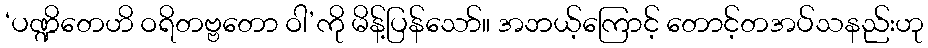
‘ပဏ္ဍိတေဟိ ဝရိတဗ္ဗတော ဝါ’ကို မိန့်ပြန်သော်။ အဘယ့်ကြောင့် တောင့်တအပ်သနည်းဟု